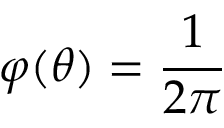
\varphi ( \theta ) = \frac { 1 } { 2 \pi }